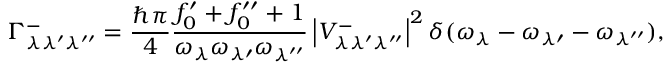
\Gamma _ { \lambda \lambda ^ { \prime } \lambda ^ { \prime \prime } } ^ { - } = \frac { \hbar \pi } { 4 } \frac { f _ { 0 } ^ { \prime } + f _ { 0 } ^ { \prime \prime } + 1 } { \omega _ { \lambda } \omega _ { \lambda \prime } \omega _ { \lambda ^ { \prime \prime } } } \left| V _ { \lambda \lambda ^ { \prime } \lambda ^ { \prime \prime } } ^ { - } \right| ^ { 2 } \delta ( \omega _ { \lambda } - \omega _ { \lambda \prime } - \omega _ { \lambda ^ { \prime \prime } } ) ,